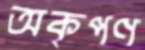
অকৃপণ